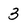
Character: 3